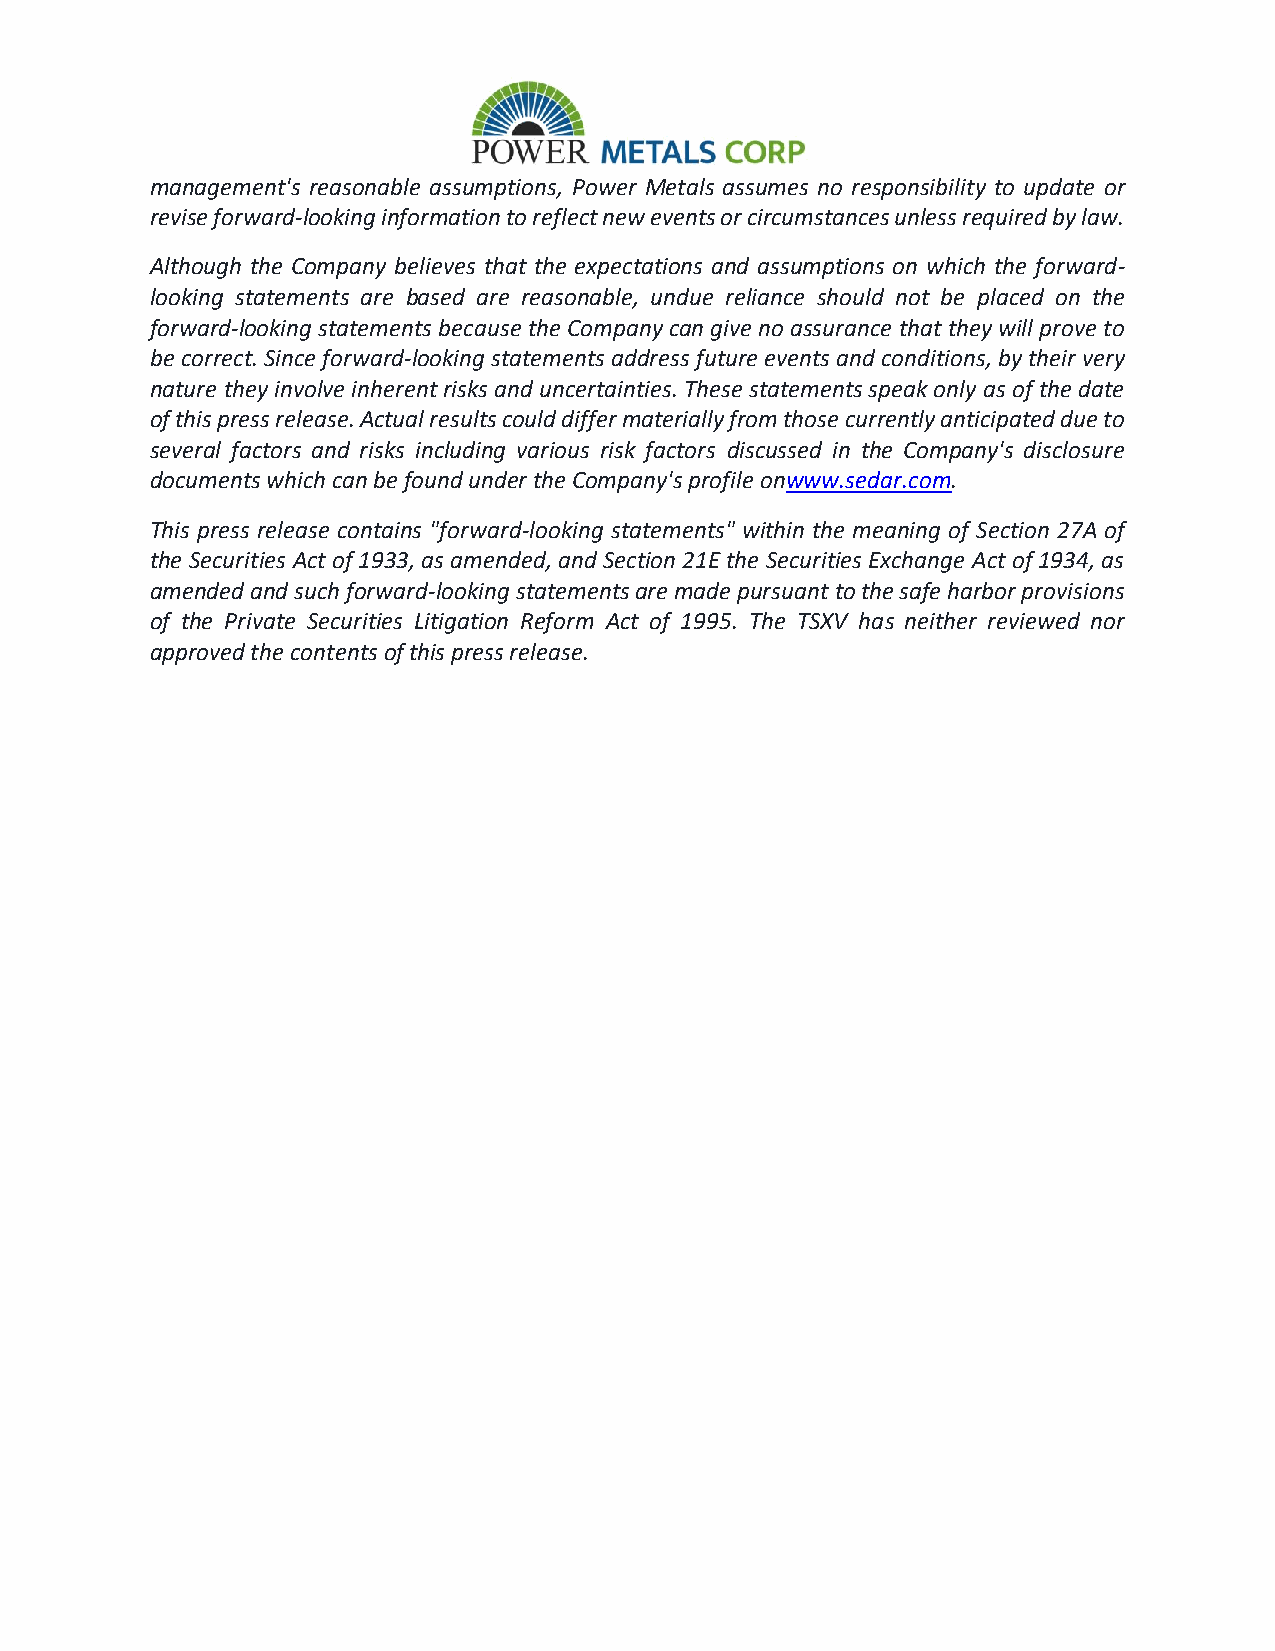
management's reasonable assumptions, Power Metals assumes no responsibility to update or
 revise forward-looking information to reflect new events or circumstances unless required by law.
 Although the Company believes that the expectations and assumptions on which the forward-
 looking statements are based are reasonable, undue reliance should not be placed on the
 forward-looking statements because the Company can give no assurance that they will prove to
 be correct. Since forward-looking statements address future events and conditions, by their very
 nature they involve inherent risks and uncertainties. These statements speak only as of the date
 of this press release. Actual results could differ materially from those currently anticipated due to
 several factors and risks including various risk factors discussed in the Company's disclosure
 documents which can be found under the Company's profile onwww.sedar.com.
 This press release contains "forward-looking statements" within the meaning of Section 27A of
 the Securities Act of 1933, as amended, and Section 21E the Securities Exchange Act of 1934, as
 amended and such forward-looking statements are made pursuant to the safe harbor provisions
 of the Private Securities Litigation Reform Act of 1995. The TSXV has neither reviewed nor
 approved the contents of this press release.